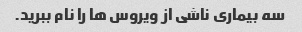
سه بیماری ناشی از ویروس ها را نام ببرید.